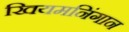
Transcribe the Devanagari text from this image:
खियमनिंगान